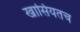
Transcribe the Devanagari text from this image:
खासियतच